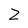
Character: Z